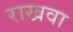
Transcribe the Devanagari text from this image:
राखवा